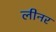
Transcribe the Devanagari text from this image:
लीनर